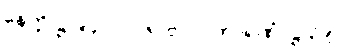
နေတ္တိ-ဋ္ဌ-၉၄၊ ပါ-၂၆။ ဗလဝကာရဏံ၊ ဋ္ဌ-၃၉။